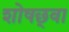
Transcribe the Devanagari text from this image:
शोषछ्वा